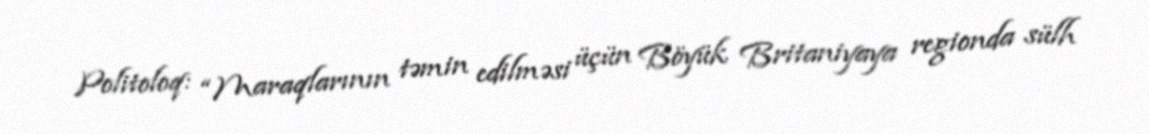
Politoloq: “Maraqlarının təmin edilməsi üçün Böyük Britaniyaya regionda sülh